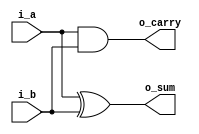
module half_adder (
    input   wire    i_a,
    input   wire    i_b,
    output  wire    o_sum,
    output  wire    o_carry
);

assign o_sum = i_a ^ i_b;
assign o_carry = i_a & i_b;
    
endmodule